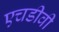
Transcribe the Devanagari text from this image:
एचडीवी